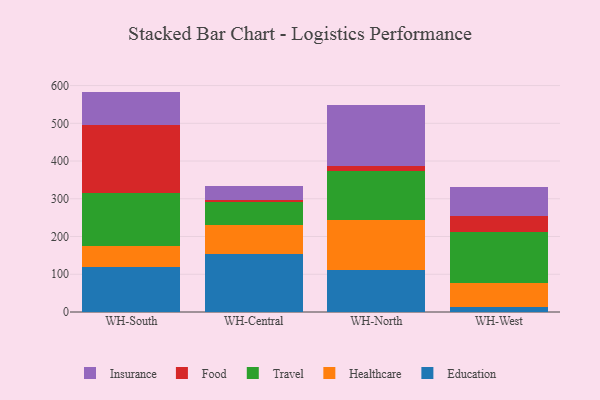
{"axis": {"x": "Warehouse", "y": "Active Users"}, "legend": ["Education", "Food", "Healthcare", "Insurance", "Travel"], "data": [{"x": "WH-South", "y": 118.2, "type": "Education"}, {"x": "WH-South", "y": 56.4, "type": "Healthcare"}, {"x": "WH-South", "y": 141.0, "type": "Travel"}, {"x": "WH-South", "y": 178.9, "type": "Food"}, {"x": "WH-South", "y": 89.5, "type": "Insurance"}, {"x": "WH-Central", "y": 153.2, "type": "Education"}, {"x": "WH-Central", "y": 76.1, "type": "Healthcare"}, {"x": "WH-Central", "y": 60.9, "type": "Travel"}, {"x": "WH-Central", "y": 6.1, "type": "Food"}, {"x": "WH-Central", "y": 37.1, "type": "Insurance"}, {"x": "WH-North", "y": 112.6, "type": "Education"}, {"x": "WH-North", "y": 132.2, "type": "Healthcare"}, {"x": "WH-North", "y": 129.7, "type": "Travel"}, {"x": "WH-North", "y": 13.3, "type": "Food"}, {"x": "WH-North", "y": 159.7, "type": "Insurance"}, {"x": "WH-West", "y": 12.4, "type": "Education"}, {"x": "WH-West", "y": 64.3, "type": "Healthcare"}, {"x": "WH-West", "y": 135.4, "type": "Travel"}, {"x": "WH-West", "y": 43.3, "type": "Food"}, {"x": "WH-West", "y": 76.0, "type": "Insurance"}]}